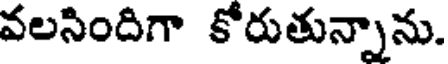
వలసిందిగా కోరుతున్నాను.